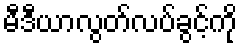
မီဒီယာလွတ်လပ်ခွင့်ကို